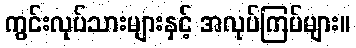
ကွင်းလုပ်သားများနှင့် အလုပ်ကြပ်များ။